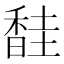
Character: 𫗼